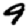
Digit: 9